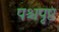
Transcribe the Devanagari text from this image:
पश्चपृष्ठ